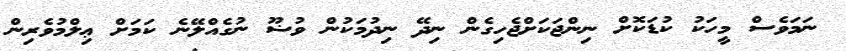
ނަމަވެސް މީހަކު ކުޑަކޮށް ނިންޖަކަށްޖެހިގެން ނިދޭ ނިދުމަކުން ވުޟޫ ނުގެއްލޭނެ ކަމަށް ޢިލްމުވެރިން